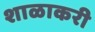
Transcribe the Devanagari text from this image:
शाळाकरी